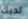
لديك